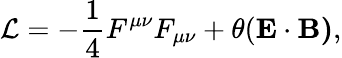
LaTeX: \mathcal{L}=-\frac{1}{4}F^{\mu\nu}F_{\mu\nu}+\theta(\mathbf{E}\cdot\mathbf{B)},